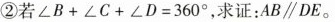
②若$$∠ B + ∠ C + ∠ D = 3 6 0 °$$，求证：AB\parallel DE。